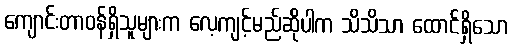
ကျောင်းတာဝန်ရှိသူများက လေ့ကျင့်မည်ဆိုပါက သိသိသာ ထောင်ရှိသော